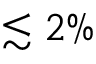
\lesssim 2 \%